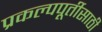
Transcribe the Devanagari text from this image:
प्रकल्पपूर्तीसाठी